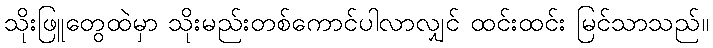
သိုးဖြူတွေထဲမှာ သိုးမည်းတစ်ကောင်ပါလာလျှင် ထင်းထင်း မြင်သာသည်။